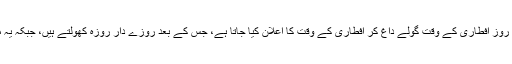
دبئی میں پانچ عوامی مقامات پر توپیں نصب کی گئی ہیں جن سے ہر روز افطاری کے وقت گولے داغ کر افطاری کے وقت کا اعلان کیا جاتا ہے، جس کے بعد روزے دار روزہ کھولتے ہیں، جبکہ یہ مناظر دیکھنے کے لیے سینکڑوں لوگ ان مقامات کا رخ کرتے ہیں ۔